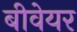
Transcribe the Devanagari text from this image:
बीवेयर